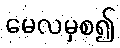
မေလမှစ၍